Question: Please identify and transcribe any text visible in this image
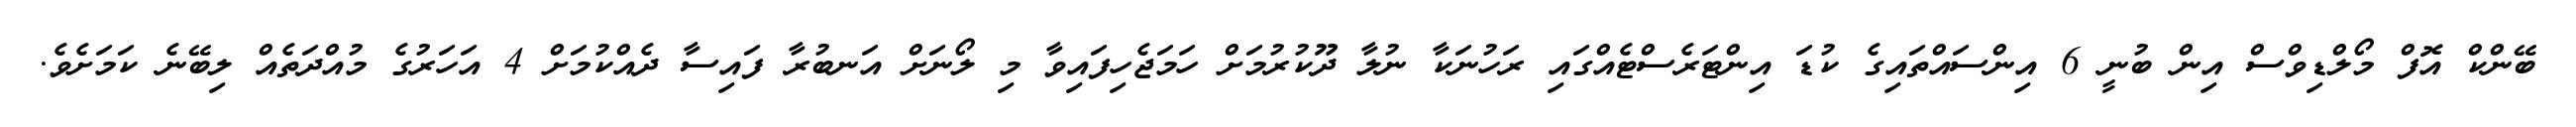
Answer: ބޭންކް އޮފް މޯލްޑިވްސް އިން ބުނީ 6 އިންސައްތައިގެ ކުޑަ އިންޓަރެސްޓެއްގައި ރަހުނަކާ ނުލާ ދޫކުރުމަށް ހަމަޖެހިފައިވާ މި ލޯނަށް އަނބުރާ ފައިސާ ދެއްކުމަށް 4 އަހަރުގެ މުއްދަތެއް ލިބޭނެ ކަމަށެވެ.